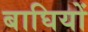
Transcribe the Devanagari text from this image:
बाघियों